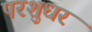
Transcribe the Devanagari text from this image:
परशुधर